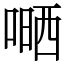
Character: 嗮